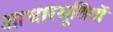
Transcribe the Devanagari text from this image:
आधारभूतियों